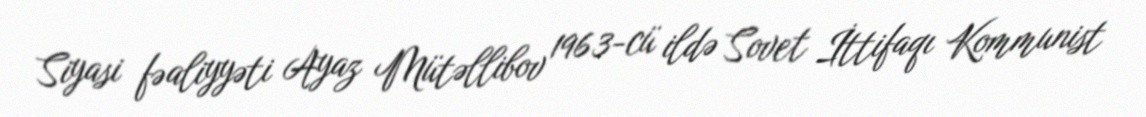
Siyasi fəaliyyəti Ayaz Mütəllibov 1963-cü ildə Sovet İttifaqı Kommunist